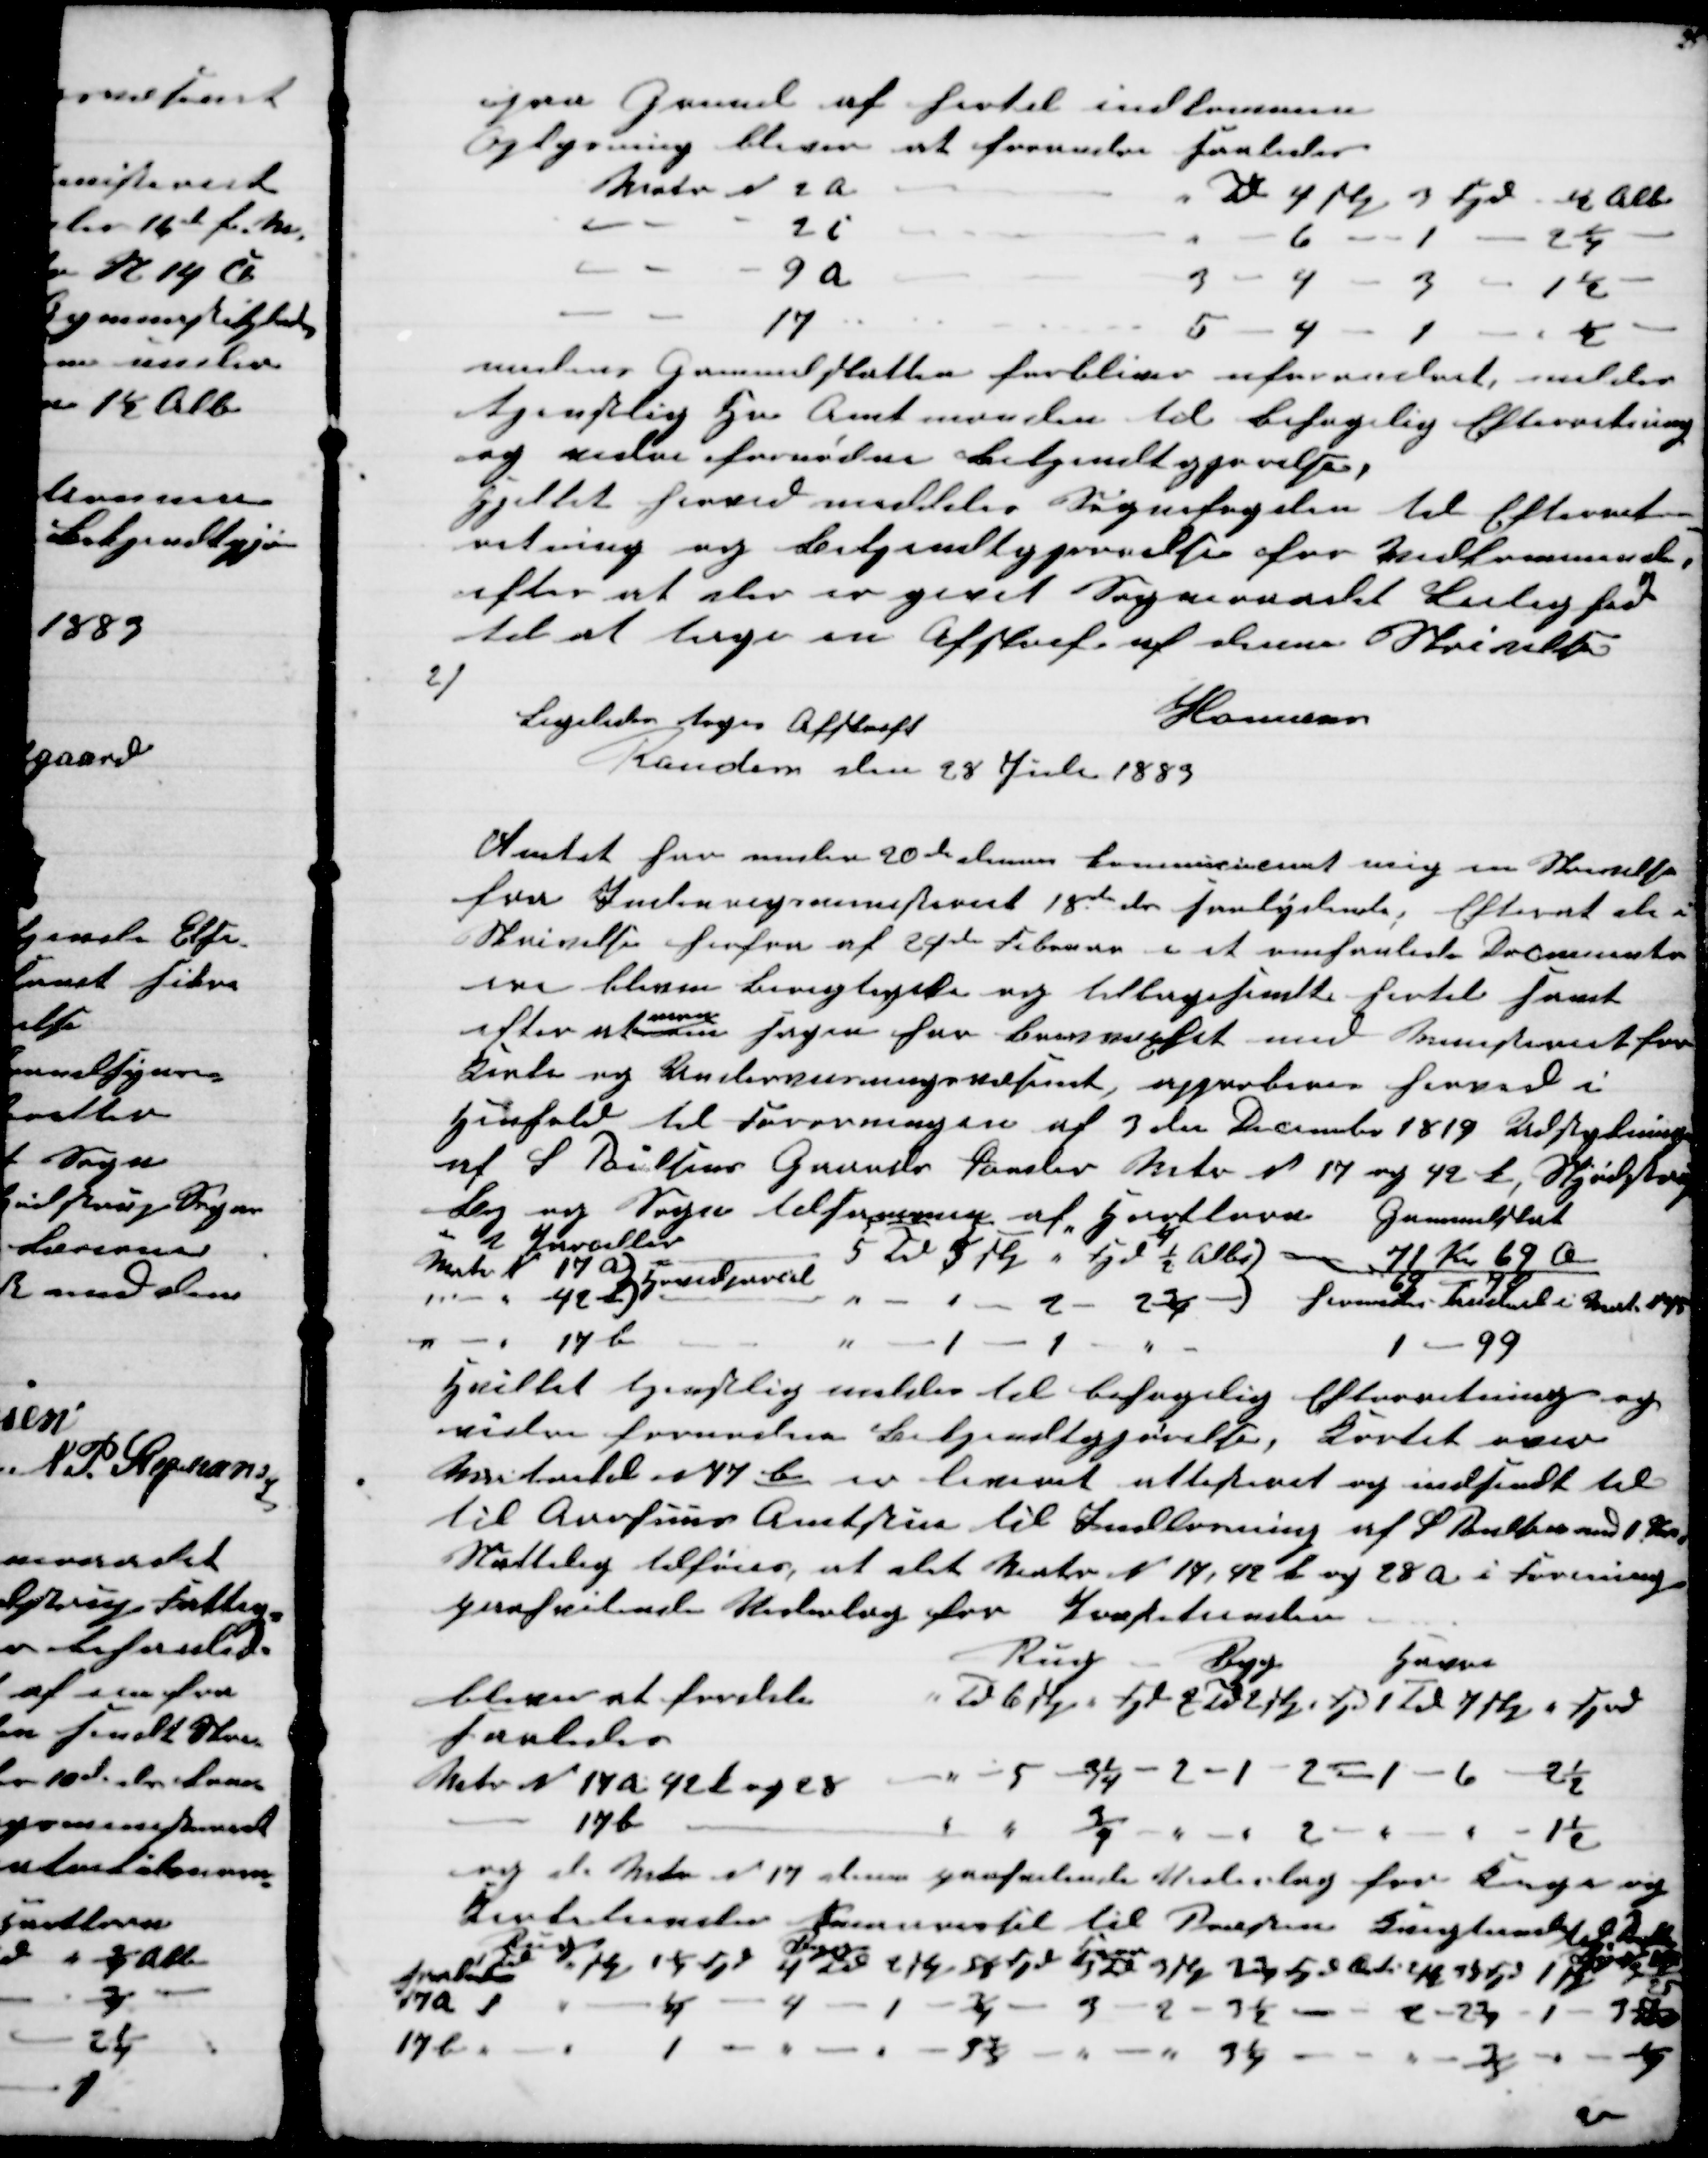
Transskription:
paa Grund af hertil indkommen
Oplysning bliver at forandre saaledes
Matr N 2 a
" Td 4 Skp 3 Fjd. ½ Alb.
2 c
6 
1
2¼
9 a
3
4 - 3 - 1½
17
5 - 4
1
½
medens Grundskatten forbliver uforandret, melder
tjenstlig Hr Amtmanden til behagelig Efterretning
og vidre fornødne Bekjendtgørelser.
Hjelket herved meddeles Sognefogeden til Efterret-
retning og Bekjendtgjørelse for Vedkommende,
efter at der er givet Sogneraadet Leilighed 
til at tage en Afskrift af denne Skrivelse
Homans
2)
Ligeledes toges Afskrift
Randers den 28 Juli 1883
Amtet har under 20de dennes kommicioneret mig en Skrivelse
fra Indenrigsministeriet 18de ds saalydende; Efterat de i
Skrivelse herfra af 24de Februar i et omhanlede Document
ere bleven berigtigede og tilbagesendte hertil samt
efter at 
man
om Sagen har Brevvexslet med Ministeriet for
Kirke og  Undervisningsvæsenet, approberes herved i
Henhold til Fororningen af 3 die December 1819 Udstykning
af S. Poulsens Grunde Parsler Matr N 17 og 42 B, Skjødstrup
By og Sogn tilsammen af Hartkorn 
Grundskat
71 Kr 69 Ø
2 Parceller
5 -5
¼
Matr N 17 a
5 Td 3 Skp " Fjd ½ Alb) 
42 b Grundparcel
1 -2- 2¾ -) 
69 - 78
h   i Aaret 1885
17 b
1
1
1
99
Hvilket tjenstlig meldes til behagelig Efterretning og
vidre fornøden Bekjendtgørelse, Kortet over
Matrikel N 17b er leveret attesteret og indsendt til
til Aarhus Amtstue til Indkrævning af S Poulsen med 1 Kr.
Sluttelig tilføies, at det Matr. N. 17, 42 b og 28 a i Forening
paahvilende Underlag for Ponsetunden
Rug Byg
Havre
bliver at fordele
" Td 6 Skp. " Fjd 2 Td 2 Skp " Fjd 1 Td 7 Skp " Fjd
saaledes
Matr. N. 17a 42b og 28
5 - 3¼ - 2 - 1- 2 = 1 - 6 - 2½
17b
¾
2
1½
og at Matr N 17 denne paafalende Underlag for K... og
Kvotitionder fordeltes til Præsten Kraglund til 
Rug
Byg
Havre
Td
" Skp 1¼ Fjd
4 Td 2 Skp ⅝ Fjd
  3 Skp 2¾ Fjd     3⅛ Fjd 1


saaledes 
17a 1
¼
4 - 1
 ¾ - 3 - 8 - 3½ - 2 - 2⅜ - 1 - 3                                    
17b 
1 
3 
3¼
⅜
¼